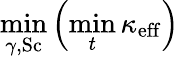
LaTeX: \operatorname*{min}_{\gamma,\mathrm{Sc}}\left(\operatorname*{min}_{t}\kappa_{\mathrm{eff}}\right)